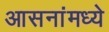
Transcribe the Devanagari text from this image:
आसनांमध्ये